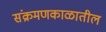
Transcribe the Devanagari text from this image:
संक्रमणकाळातील